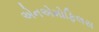
એનએમોફિલસ